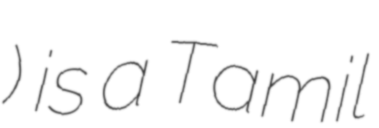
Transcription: கிருபானந்தன்) is a Tamil